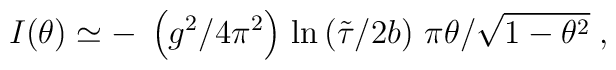
I(\theta )\simeq -\;     \left(g^{2}/4\pi ^{2}\right) \,     \ln \left({\tilde \tau}/2b\right) \,     {\pi\theta}/\sqrt{1-\theta^{2}} \; ,